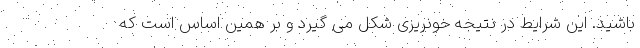
باشید. این شرایط در نتیجه خونریزی شکل می گیرد و بر همین اساس است که